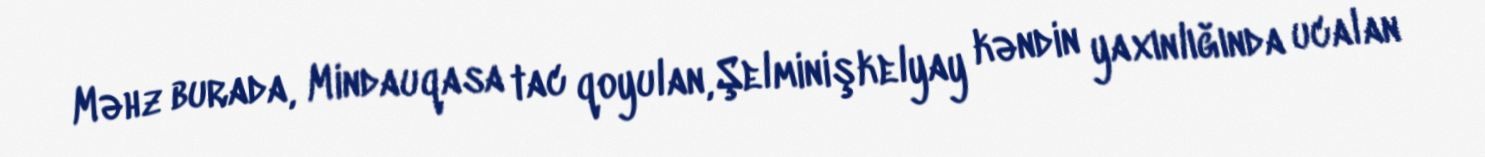
Məhz burada, Mindauqasa tac qoyulan, Şelminişkelyay kəndin yaxınlığında ucalan